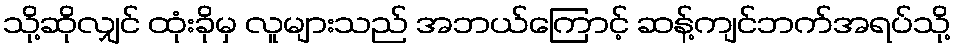
သို့ဆိုလျှင် ထုံးခိုမှ လူများသည် အဘယ်ကြောင့် ဆန့်ကျင်ဘက်အရပ်သို့